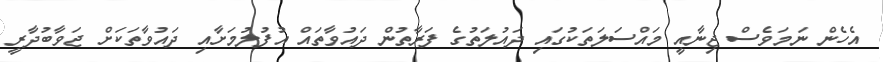
އެހެން ނަމަވެސް ޖިނާއީ މައްސަލަތަކުގައި ދައުލަތުގެ ފަރާތުން ދައުވާތައް އުފުލުމަށާއި ދައުވާތަކަށް ޖަވާބުދާރީ